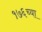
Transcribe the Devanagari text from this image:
१७६च्या